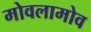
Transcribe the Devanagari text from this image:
मोवलामोव